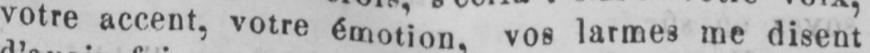
vore accent, votre émotion, vos larmes me disent